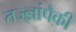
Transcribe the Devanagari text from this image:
तज्‍ज्ञांपैकी